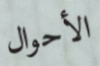
الأحوال